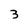
Character: 3